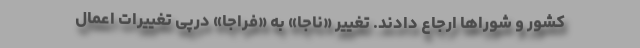
کشور و شوراها ارجاع دادند. تغییر «ناجا» به «فراجا» درپی تغییرات اعمال